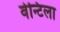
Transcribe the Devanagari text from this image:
वेन्टिला